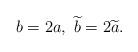
LaTeX: \begin{align*} b=2a,~ \widetilde{b}=2\widetilde{a}.\end{align*}